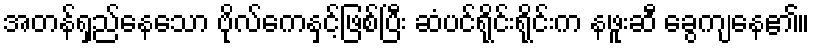
အတန်ရှည်နေသော ဗိုလ်ကေနှင့်ဖြစ်ပြီး ဆံပင်ရိုင်းရိုင်းက နဖူးဆီ ခွေကျနေ၏။